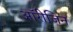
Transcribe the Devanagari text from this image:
ऑरीजिन